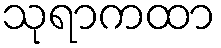
သုရာကထာ